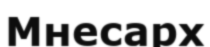
Мнесарх